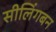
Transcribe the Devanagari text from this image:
सीलिंगबन